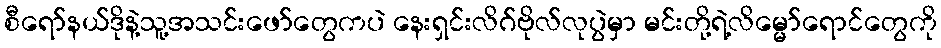
စီရော်နယ်ဒိုနဲ့သူ့အသင်းဖော်တွေကပဲ နေးရှင်းလိဂ်ဗိုလ်လုပွဲမှာ မင်းတို့ရဲ့လိမ္မော်ရောင်တွေကို